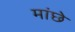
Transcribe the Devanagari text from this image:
मांछे